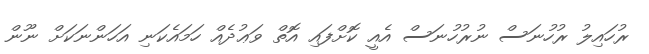
ރުހައިލު ރުހުނަސް ނުރުހުނަސް އެއީ ކޮށްފައި އޮތް ވަޢުދެއް ހަމައެކަނި އަހަންނަކަށް ނޫން